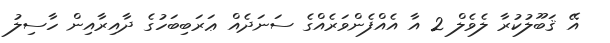
އޭ ޤަބޫލުކުރާ ލެވެލް 2 އާ އެއްފެންވަރެއްގެ ސަނަދެއް ޢަރަބިބަހުގެ ދާއިރާއިން ހާސިލު